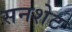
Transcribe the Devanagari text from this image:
सनशेट